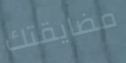
مضايقتك